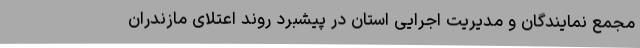
مجمع نمایندگان و مدیریت اجرایی استان در پیشبرد روند اعتلای مازندران